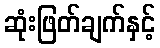
ဆုံးဖြတ်ချက်နှင့်